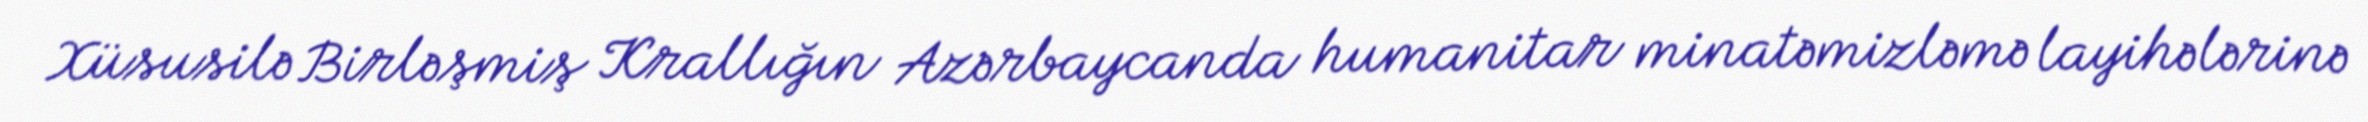
Xüsusilə Birləşmiş Krallığın Azərbaycanda humanitar minatəmizləmə layihələrinə